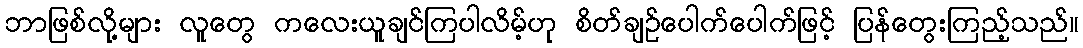
ဘာဖြစ်လို့များ လူတွေ ကလေးယူချင်ကြပါလိမ့်ဟု စိတ်ချဉ်ပေါက်ပေါက်ဖြင့် ပြန်တွေးကြည့်သည်။